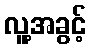
လူ့အခွင့်